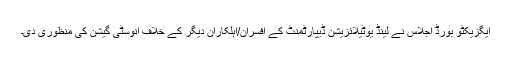
ایگزیکٹو بورڈ اجلاس نے لینڈ یوٹیلائزیشن ڈیپارٹمنٹ کے افسران/اہلکاران دیگر کے خلاف انوسٹی گیشن کی منظوری دی۔